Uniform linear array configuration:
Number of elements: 8
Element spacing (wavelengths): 0.75
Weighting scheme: hann
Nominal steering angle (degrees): -30
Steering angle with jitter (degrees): -31.351
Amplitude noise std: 0.05
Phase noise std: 0.05

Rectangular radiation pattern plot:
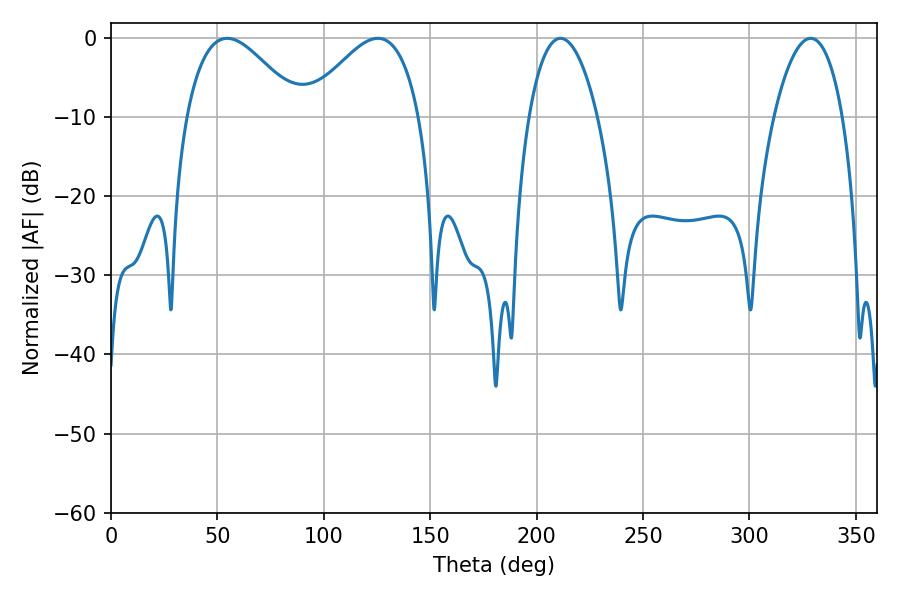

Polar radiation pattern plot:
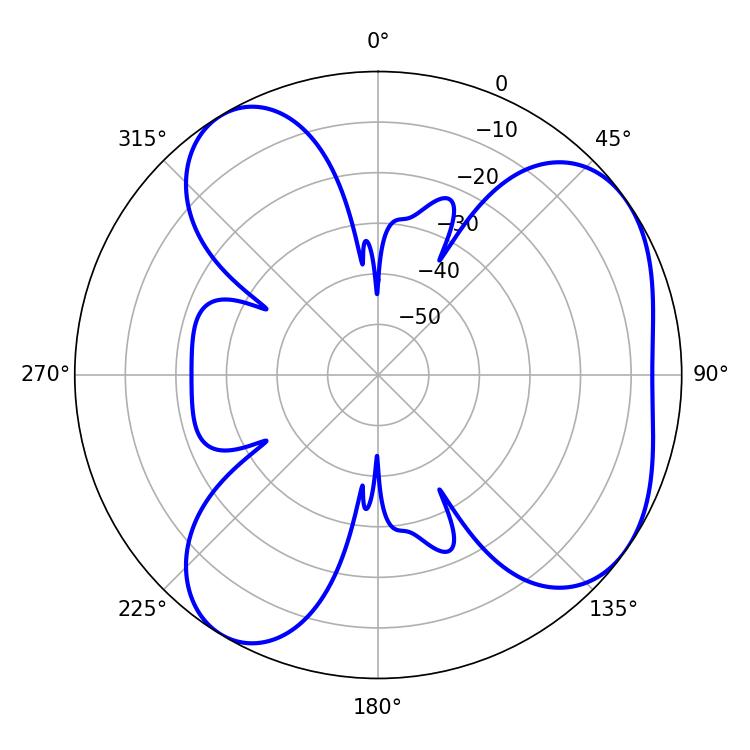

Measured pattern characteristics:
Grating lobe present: TRUE
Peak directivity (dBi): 5.399
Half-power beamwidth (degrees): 28.8
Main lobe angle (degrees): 54.54